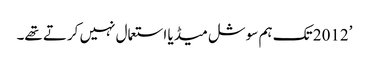
’2012 تک ہم سوشل میڈیا استعمال نہیں کرتے تھے۔